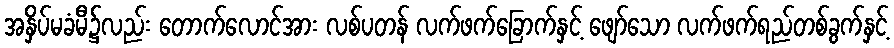
အနှိပ်မခံမီ၌လည်း တောက်လောင်အား လစ်ပတန် လက်ဖက်ခြောက်နှင့် ဖျော်သော လက်ဖက်ရည်တစ်ခွက်နှင့်